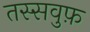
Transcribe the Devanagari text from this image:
तस्सवुफ़